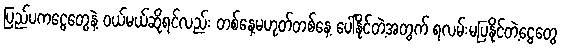
ပြည်ပကငွေတွေနဲ့ ဝယ်မယ်ဆိုရင်လည်း တစ်နေ့မဟုတ်တစ်နေ့ ပေါ်နိုင်တဲ့အတွက် ရလမ်းမပြနိုင်တဲ့ငွေတွေ